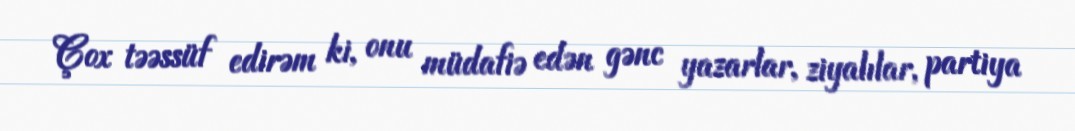
Çox təəssüf edirəm ki, onu müdafiə edən gənc yazarlar, ziyalılar, partiya